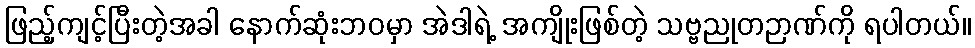
ဖြည့်ကျင့်ပြီးတဲ့အခါ နောက်ဆုံးဘဝမှာ အဲဒါရဲ့ အကျိုးဖြစ်တဲ့ သဗ္ဗညုတဉာဏ်ကို ရပါတယ်။